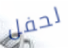
لحفل